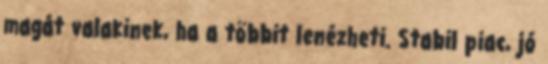
magát valakinek, ha a többit lenézheti. Stabil piac, jó